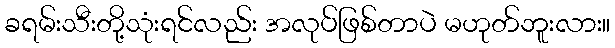
ခရမ်းသီးတို့သုံးရင်လည်း အလုပ်ဖြစ်တာပဲ မဟုတ်ဘူးလား။